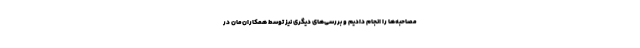
مصاحبه‌ها را انجام دادیم و بررسی‌های دیگری نیز توسط همکاران‌مان در